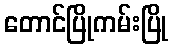
တောင်ပြိုကမ်းပြို